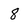
Character: 8